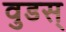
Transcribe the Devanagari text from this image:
वुडस्